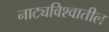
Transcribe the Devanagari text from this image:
नाट्यविश्वातील